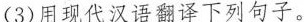
(3)用现代汉语翻译下列句子。